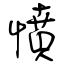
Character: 憤